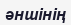
әншінің